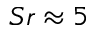
S r \approx 5